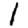
Digit: 1